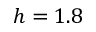
h = 1 . 8